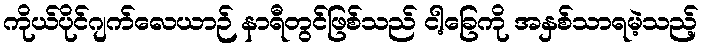
ကိုယ်ပိုင်ဂျက်လေယာဉ် နာရီတွင်ဖြစ်သည် ငါ့ခြေကို အနှစ်သာရမဲ့သည့်